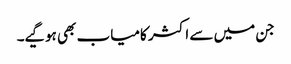
جن میں سے اکثر کامیاب بھی ہوگیے۔